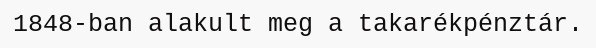
1848-ban alakult meg a takarékpénztár.